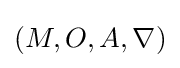
(M,O,A,\nabla )